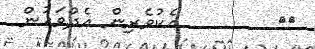
٦٧        އެކުވެރިން އެދުވަހުން